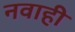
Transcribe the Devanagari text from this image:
नवाही